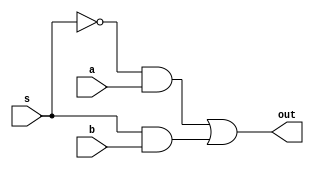
module _2_1_mux_v2(a,b,s,out);

input a,b,s;
output out;

wire snot,andA,andB;

not not1(snot,s);
and add1(andA,snot,a);
and add2(andB,s,b);
or or1(out,andA,andB);

endmodule